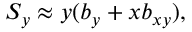
S _ { y } \approx y ( b _ { y } + x b _ { x y } ) ,